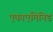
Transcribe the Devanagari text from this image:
एकाएमिनिड